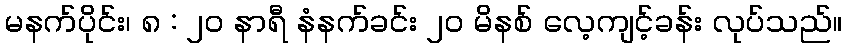
မနက်ပိုင်း၊ ၈ : ၂၀ နာရီ နံနက်ခင်း ၂၀ မိနစ် လေ့ကျင့်ခန်း လုပ်သည်။